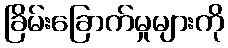
ခြိမ်းခြောက်မှုများကို